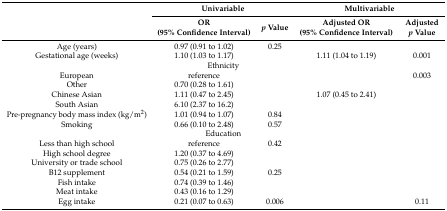
<table><thead><tr><td rowspan="2">[EMPTY_CELL]</td><td colspan="2"><b>Univariable</b></td><td colspan="2"><b>Multivariable</b></td></tr><tr><td><b>OR (95% Confidence Interval)</b></td><td><b><i>p</i> Value</b></td><td><b>Adjusted OR (95% Confidence Interval)</b></td><td><b>Adjusted <i>p</i> Value</b></td></tr></thead><tbody><tr><td>Age (years)</td><td>0.97 (0.91 to 1.02)</td><td>0.25</td><td>[EMPTY_CELL]</td><td>[EMPTY_CELL]</td></tr><tr><td>Gestational age (weeks)</td><td>1.10 (1.03 to 1.17)</td><td>[EMPTY_CELL]</td><td>1.11 (1.04 to 1.19)</td><td>0.001</td></tr><tr><td colspan="5">Ethnicity</td></tr><tr><td>European</td><td>reference</td><td>[EMPTY_CELL]</td><td>[EMPTY_CELL]</td><td>0.003</td></tr><tr><td>Other</td><td>0.70 (0.28 to 1.61)</td><td>[EMPTY_CELL]</td><td>[EMPTY_CELL]</td><td>[EMPTY_CELL]</td></tr><tr><td>Chinese Asian</td><td>1.11 (0.47 to 2.45)</td><td>[EMPTY_CELL]</td><td>1.07 (0.45 to 2.41)</td><td>[EMPTY_CELL]</td></tr><tr><td>South Asian</td><td>6.10 (2.37 to 16.2)</td><td>[EMPTY_CELL]</td><td>[EMPTY_CELL]</td><td>[EMPTY_CELL]</td></tr><tr><td>Pre-pregnancy body mass index (kg/m<sup>2</sup>)</td><td>1.01 (0.94 to 1.07)</td><td>0.84</td><td>[EMPTY_CELL]</td><td>[EMPTY_CELL]</td></tr><tr><td>Smoking</td><td>0.66 (0.10 to 2.48)</td><td>0.57</td><td>[EMPTY_CELL]</td><td>[EMPTY_CELL]</td></tr><tr><td colspan="5">Education</td></tr><tr><td>Less than high school</td><td>reference</td><td>0.42</td><td>[EMPTY_CELL]</td><td>[EMPTY_CELL]</td></tr><tr><td>High school degree</td><td>1.20 (0.37 to 4.69)</td><td>[EMPTY_CELL]</td><td>[EMPTY_CELL]</td><td>[EMPTY_CELL]</td></tr><tr><td>University or trade school</td><td>0.75 (0.26 to 2.77)</td><td>[EMPTY_CELL]</td><td>[EMPTY_CELL]</td><td>[EMPTY_CELL]</td></tr><tr><td>B12 supplement</td><td>0.54 (0.21 to 1.59)</td><td>0.25</td><td>[EMPTY_CELL]</td><td>[EMPTY_CELL]</td></tr><tr><td>Fish intake</td><td>0.74 (0.39 to 1.46)</td><td>[EMPTY_CELL]</td><td>[EMPTY_CELL]</td><td>[EMPTY_CELL]</td></tr><tr><td>Meat intake</td><td>0.43 (0.16 to 1.29)</td><td>[EMPTY_CELL]</td><td>[EMPTY_CELL]</td><td>[EMPTY_CELL]</td></tr><tr><td>Egg intake</td><td>0.21 (0.07 to 0.63)</td><td>0.006</td><td>[EMPTY_CELL]</td><td>0.11</td></tr></tbody></table>